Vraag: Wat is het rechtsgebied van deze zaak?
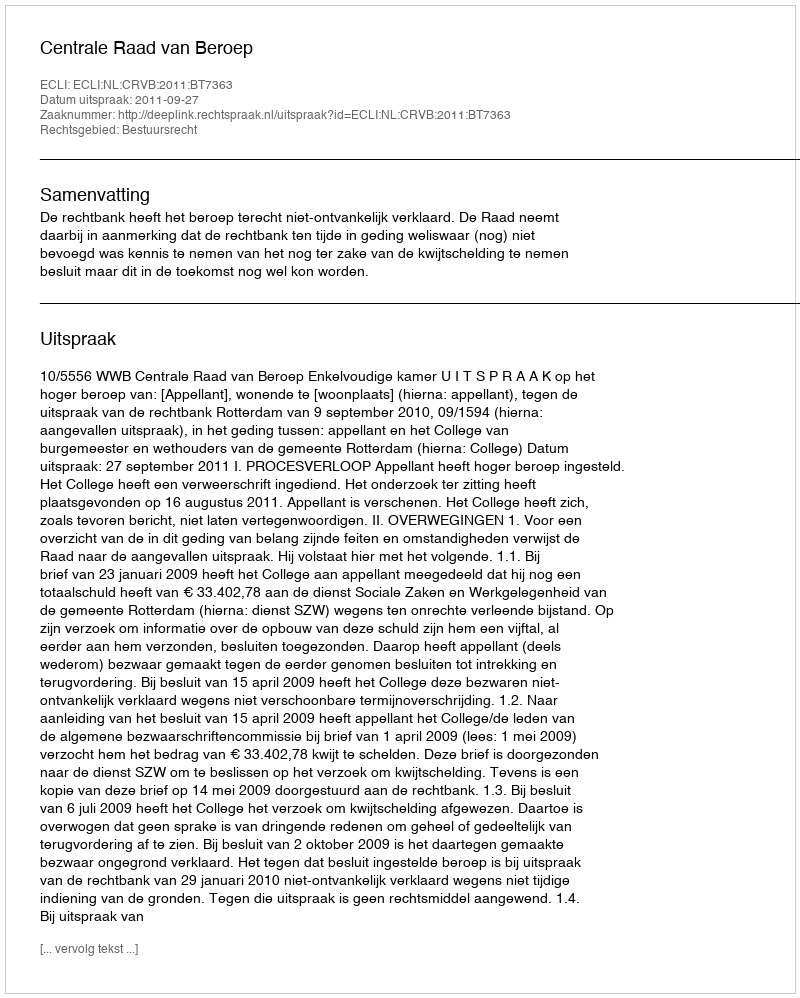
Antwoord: Bestuursrecht